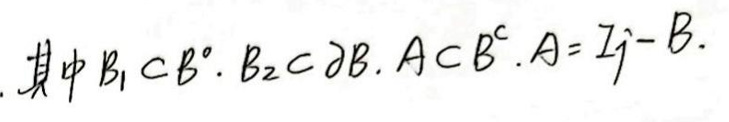
其中 \(B_1\subset B^{\circ}, B_2\subset \partial B, A\subset B^{c}, A = \mathbb{I} - B.\)